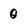
Character: 0